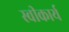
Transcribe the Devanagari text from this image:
स्‍वीकार्य